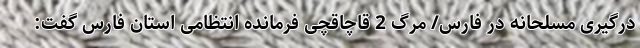
درگیری مسلحانه در فارس/ مرگ 2 قاچاقچی فرمانده انتظامی استان فارس گفت: